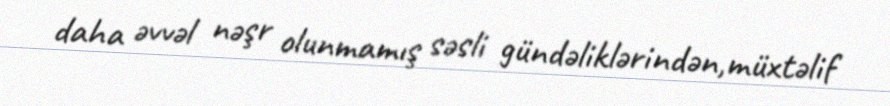
daha əvvəl nəşr olunmamış səsli gündəliklərindən,müxtəlif